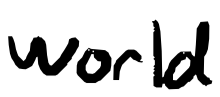
Text: world
Cross-out: clean
Writing tool: digital_black